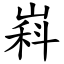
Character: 嵙